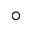
^ { \circ }